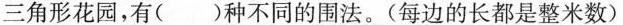
三角形花园，有()种不同的围法。(每边的长都是整米数)